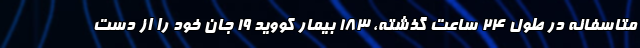
متاسفانه در طول ۲۴ ساعت گذشته، ۱۸۳ بیمار کووید ۱۹ جان خود را از دست